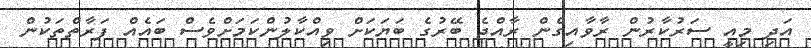
އަދި މިއީ ސަރުކާރުން ރާވާއިގެން ރާއްޖެ ބޭރުގެ ބަޔަކަށް ވިއްކާލުންކަމަށްވެސް ބައެއް ފަރާތްތަކުން